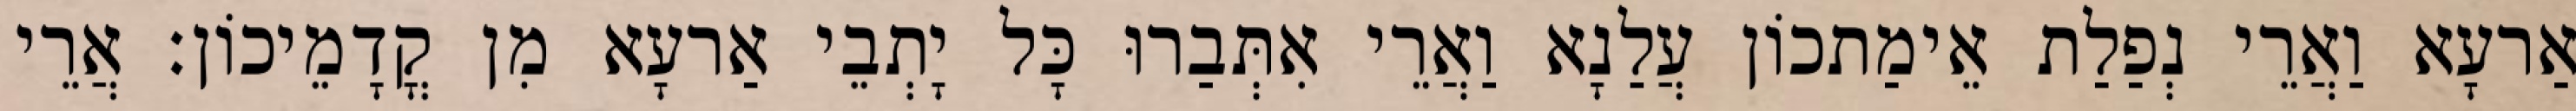
אַרעָא וַאֲרֵי נְפַלַת אֵימַתכוֹן עֲלַנָא וַאֲרֵי אִתְּבַרוּ כָּל יָתְבֵי אַרעָא מִן קֳדָמֵיכוֹן׃ אֲרֵי